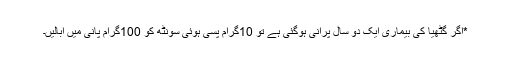
*اگر گٹھیا کی بیماری ایک دو سال پرانی ہوگئی ہے تو 10گرام پسی ہوئی سونٹھ کو 100گرام پانی میں ابالیں۔